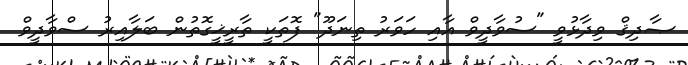
ޞާދިޤް ވިދާޅުވީ "ސުވާދީވް އާއި ހަވަރު ތިނަދޫ" ފޮތަކީ ތާރީޚީގޮތުން ބަލާއިރު ސްވާދީވް